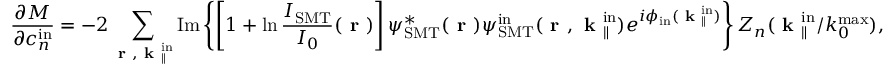
\frac { \partial M } { \partial c _ { n } ^ { \mathrm { i n } } } = - 2 \sum _ { \textbf { r } , \textbf { k } _ { \parallel } ^ { \mathrm { i n } } } \mathrm { I m } \left\{ \left[ 1 + \ln \frac { I _ { \mathrm { S M T } } } { I _ { 0 } } ( \textbf { r } ) \right] \psi _ { \mathrm { S M T } } ^ { * } ( \textbf { r } ) { \psi } _ { \mathrm { S M T } } ^ { \mathrm { i n } } ( \textbf { r } , \textbf { k } _ { \parallel } ^ { \mathrm { i n } } ) e ^ { i \phi _ { \mathrm { i n } } ( \textbf { k } _ { \parallel } ^ { \mathrm { i n } } ) } \right\} Z _ { n } ( \textbf { k } _ { \parallel } ^ { \mathrm { i n } } / k _ { 0 } ^ { \mathrm { m a x } } ) ,